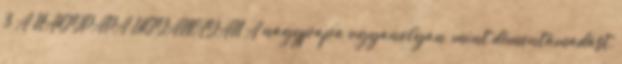
3 A NAGYPAPA UGYANOLYAN A nagypapa ugyanolyan, mint démontámadást,